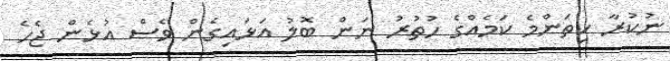
ނުކުރާ ކިތަންމެ ކަމެއްގެ ހުތުރު ނަން ބޮލު އަޅައިގެން ވެސް އުޅެން ޖެހެ